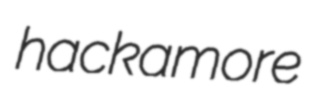
hackamore